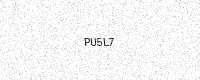
Text: PU5L7